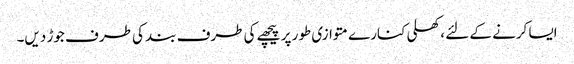
ایسا کرنے کے لئے ، کھلی کنارے متوازی طور پر پیچھے کی طرف بند کی طرف جوڑ دیں۔